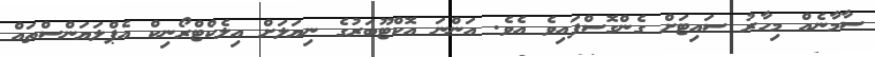
ސާމާނެއް މިހާރު ސައިޓަށް ގެންގޮސްފައިވެ އެވެ. އަންނަ އޮކްޓޫބަރުގެ ނިޔަލަށް އިލެކްޓްރޯނިކް އެޕްލަޔަންސްތައް